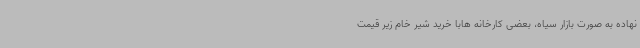
نهاده به صورت بازار سیاه، بعضی کارخانه هابا خرید شیر خام زیر قیمت